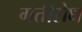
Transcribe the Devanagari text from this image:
गतीरोध